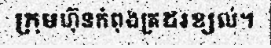
ក្រុមហ៊ុនកំពុងត្រដរខ្យល់។